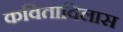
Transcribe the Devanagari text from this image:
कविताविलास